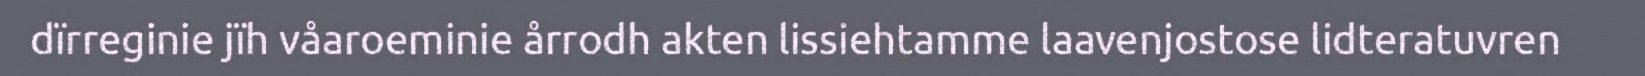
dïrreginie jïh våaroeminie årrodh akten lissiehtamme laavenjostose lidteratuvren